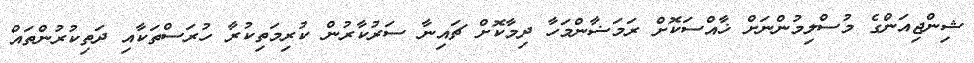
ޝިންޖިއަންގެ މުސްލިމުންނަށް ޚާއްސަކޮށް ރަމަޟާންމަހާ ދިމާކޮށް ޗައިނާ ސަރުކާރުން ކުރިމަތިކުރާ ހުރަސްތަކާއި ދަތިކުރުންތައް